Eliaser,_Agnia_(Rutt)_ja_Elga, lk 42
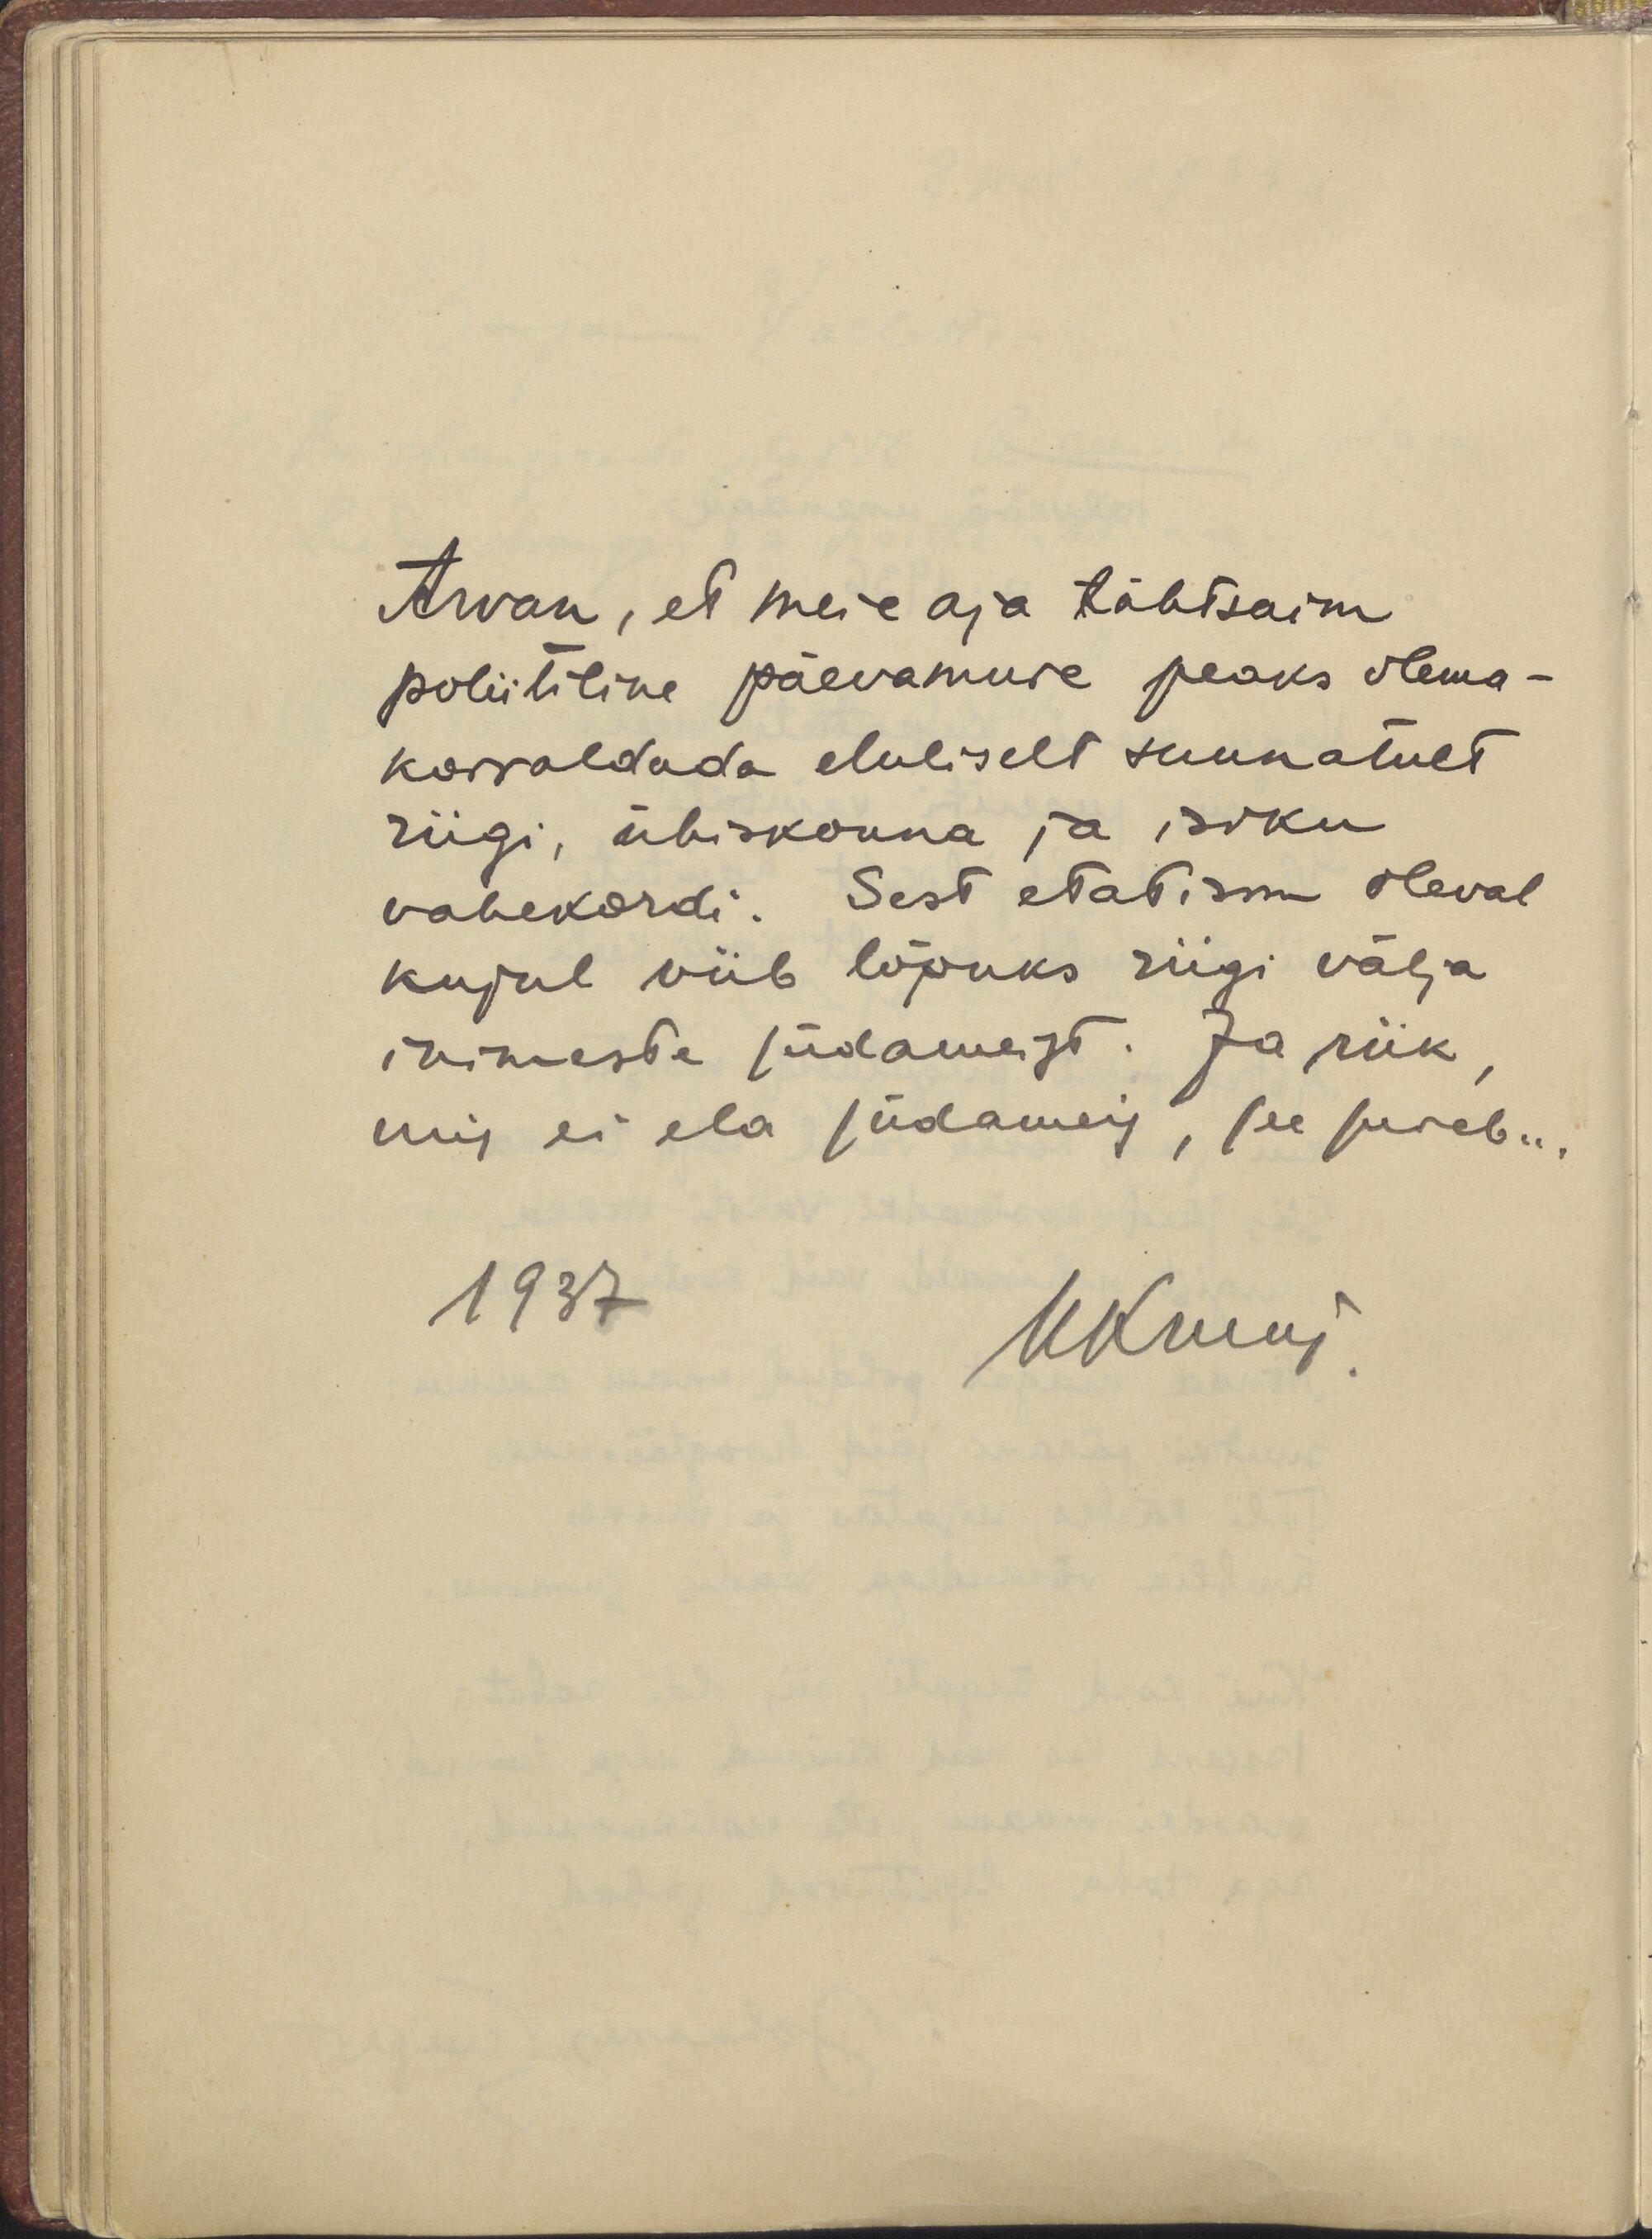
Arvan, et meie aja tähtsaim
poliitiline päevamure peaks olema-
korraldada eluliselt suunatult
riigi, ühiskonna ja isiku
vahekordi. Sest etatism oleval
kujul viib lõpuks riigi välja
inimeste südameist. Ja riik,
mis ei ela südameis, see sureb...
1937
UKruus.